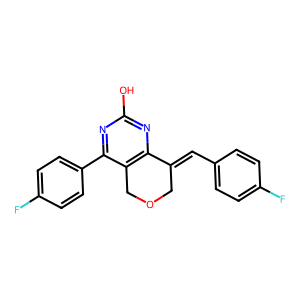
SMILES: Oc1nc2c(c(-c3ccc(F)cc3)n1)COCC2=Cc1ccc(F)cc1
Inhibits HIV replication: No